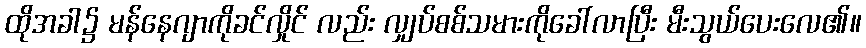
ထိုအခါ၌ မန်နေဂျာကိုခင်လှိုင် လည်း လျှပ်စစ်သမားကိုခေါ်လာပြီး မီးသွယ်ပေးလေ၏။